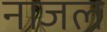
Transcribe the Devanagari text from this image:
नाजल